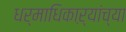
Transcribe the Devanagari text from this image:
धर्माधिकाऱ्यांच्या